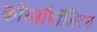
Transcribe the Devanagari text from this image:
कॉस्मॉपॉलिटन